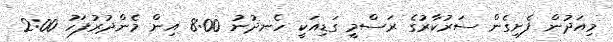
މިއަދުން ފެށިގެން ސަރުކާރުގެ ރަސްމީ ގަޑިއަކީ ހެނދުނު 8:00 އިން މެންދުރުފަހު 2:00